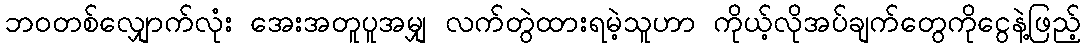
ဘဝတစ်လျှောက်လုံး အေးအတူပူအမျှ လက်တွဲထားရမဲ့သူဟာ ကိုယ့်လိုအပ်ချက်တွေကိုငွေနဲ့ဖြည့်